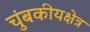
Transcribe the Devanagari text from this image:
चुंबकीयक्षेत्र